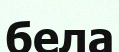
бела